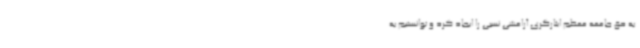
به حق جامعه معظم ایثارگری آرامشی نسبی را ایجاد کرد و توانستیم به